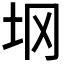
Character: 𰉙